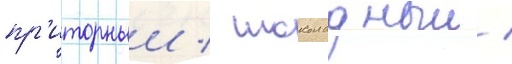
пр'иторныи / шоколадныи /